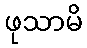
ဖုသာမိ